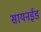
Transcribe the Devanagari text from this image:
सायनईड